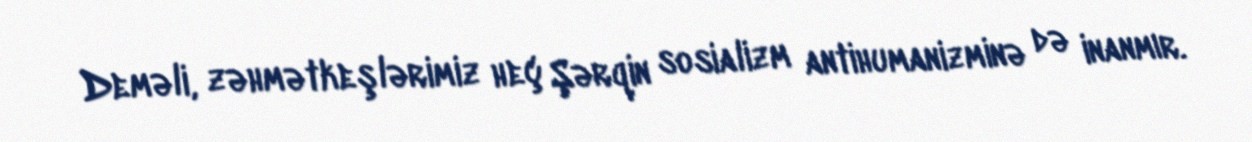
Deməli, zəhmətkeşlərimiz heç Şərqin sosializm antihumanizminə də inanmır.